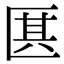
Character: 𠥊